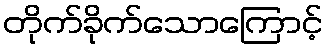
တိုက်ခိုက်သောကြောင့်